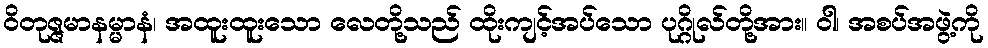
ဝိတုဇ္ဇမာနမ္မာနံ၊ အထူးထူးသော လေတို့သည် ထိုးကျင့်အပ်သော ပုဂ္ဂိုလ်တို့အား။ ဝါ၊ အစပ်အဖွဲ့ကို